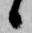
候